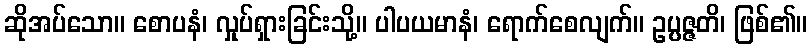
ဆိုအပ်သော။ စောပနံ၊ လှုပ်ရှားခြင်းသို့။ ပါပယမာနံ၊ ရောက်စေလျက်။ ဥပ္ပဇ္ဇတိ၊ ဖြစ်၏။